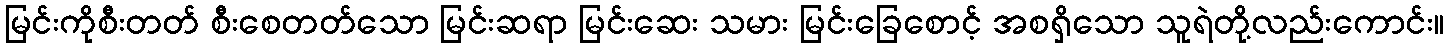
မြင်းကိုစီးတတ် စီးစေတတ်သော မြင်းဆရာ မြင်းဆေး သမား မြင်းခြေစောင့် အစရှိသော သူရဲတို့လည်းကောင်း။